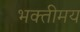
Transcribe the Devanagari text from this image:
भक्तीमय